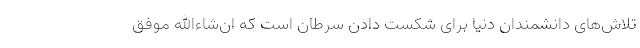
تلاش‌های دانشمندان دنیا برای شکست دادن سرطان است که ان‌شاءالله موفق